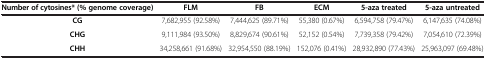
| Number of cytosines* (% genome coverage) | FLM | FB | ECM | 5-aza treated | 5-aza untreated |
 | --- | --- | --- | --- | --- | --- |
 | CG | 7,682,955 (92.58%) | 7,444,625 (89.71%) | 55,380 (0.67%) | 6,594,758 (79.47%) | 6,147,635 (74.08%) |
 | CHG | 9,111,984 (93.50%) | 8,829,674 (90.61%) | 52,152 (0.54%) | 7,739,358 (79.42%) | 7,054,610 (72.39%) |
 | CHH | 34,258,661 (91.68%) | 32,954,550 (88.19%) | 152,076 (0.41%) | 28,932,890 (77.43%) | 25,963,097 (69.48%) |